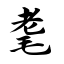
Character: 耄